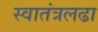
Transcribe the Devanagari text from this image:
स्वातंत्रलढा